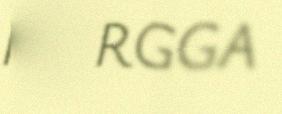
NORGGA